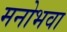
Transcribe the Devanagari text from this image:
मनोभवा